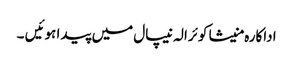
اداکارہ منیشا کوئرالہ نیپال میں پیدا ہوئیں ۔